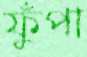
ফুঁপা